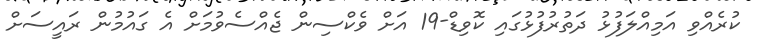
ކުރެއްވި އަމިއްލަފުޅު ދަތުރުފުޅުގައި ކޮވިޑް-19 އަށް ވެކްސިން ޖެއްސެވުމަށް އެ ގައުމުން ރައީސަށް